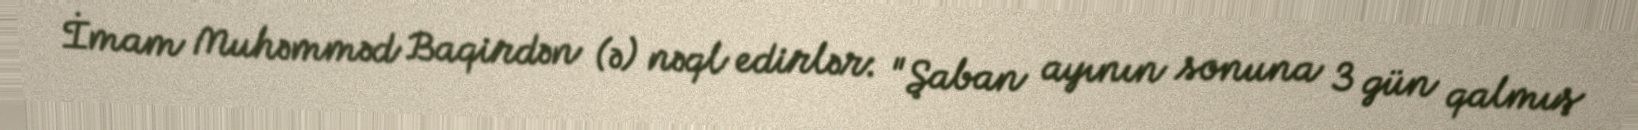
İmam Muhəmməd Baqirdən (ə) nəql edirlər: "Şaban ayının sonuna 3 gün qalmış